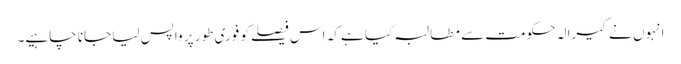
انہوں نے کیرالہ حکومت سے مطالبہ کیا ہے کہ اس فیصلے کو فوری طور پر واپس لیا جانا چاہیے۔